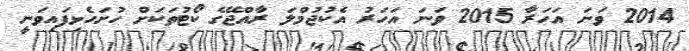
2014 ވަނަ އަހަރާ 2015 ވަނަ އަހަރު އެކުޖުމްލަ ރާއްޖޭގެ ކޯޓުތަކަށް ހުށަހެޅިފައިވަނީ